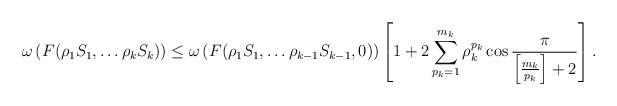
LaTeX: \begin{align*}\omega\left(F(\rho_1 S_1,\ldots \rho_k S_k)\right)\leq \omega\left(F(\rho_1 S_1,\ldots \rho_{k-1} S_{k-1}, 0)\right)\left[ 1+2\sum_{p_k=1}^{m_k}\rho_k^{p_k} \cos \frac{\pi}{\left[\frac{m_k}{p_k}\right]+2}\right].\end{align*}